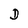
Character: D